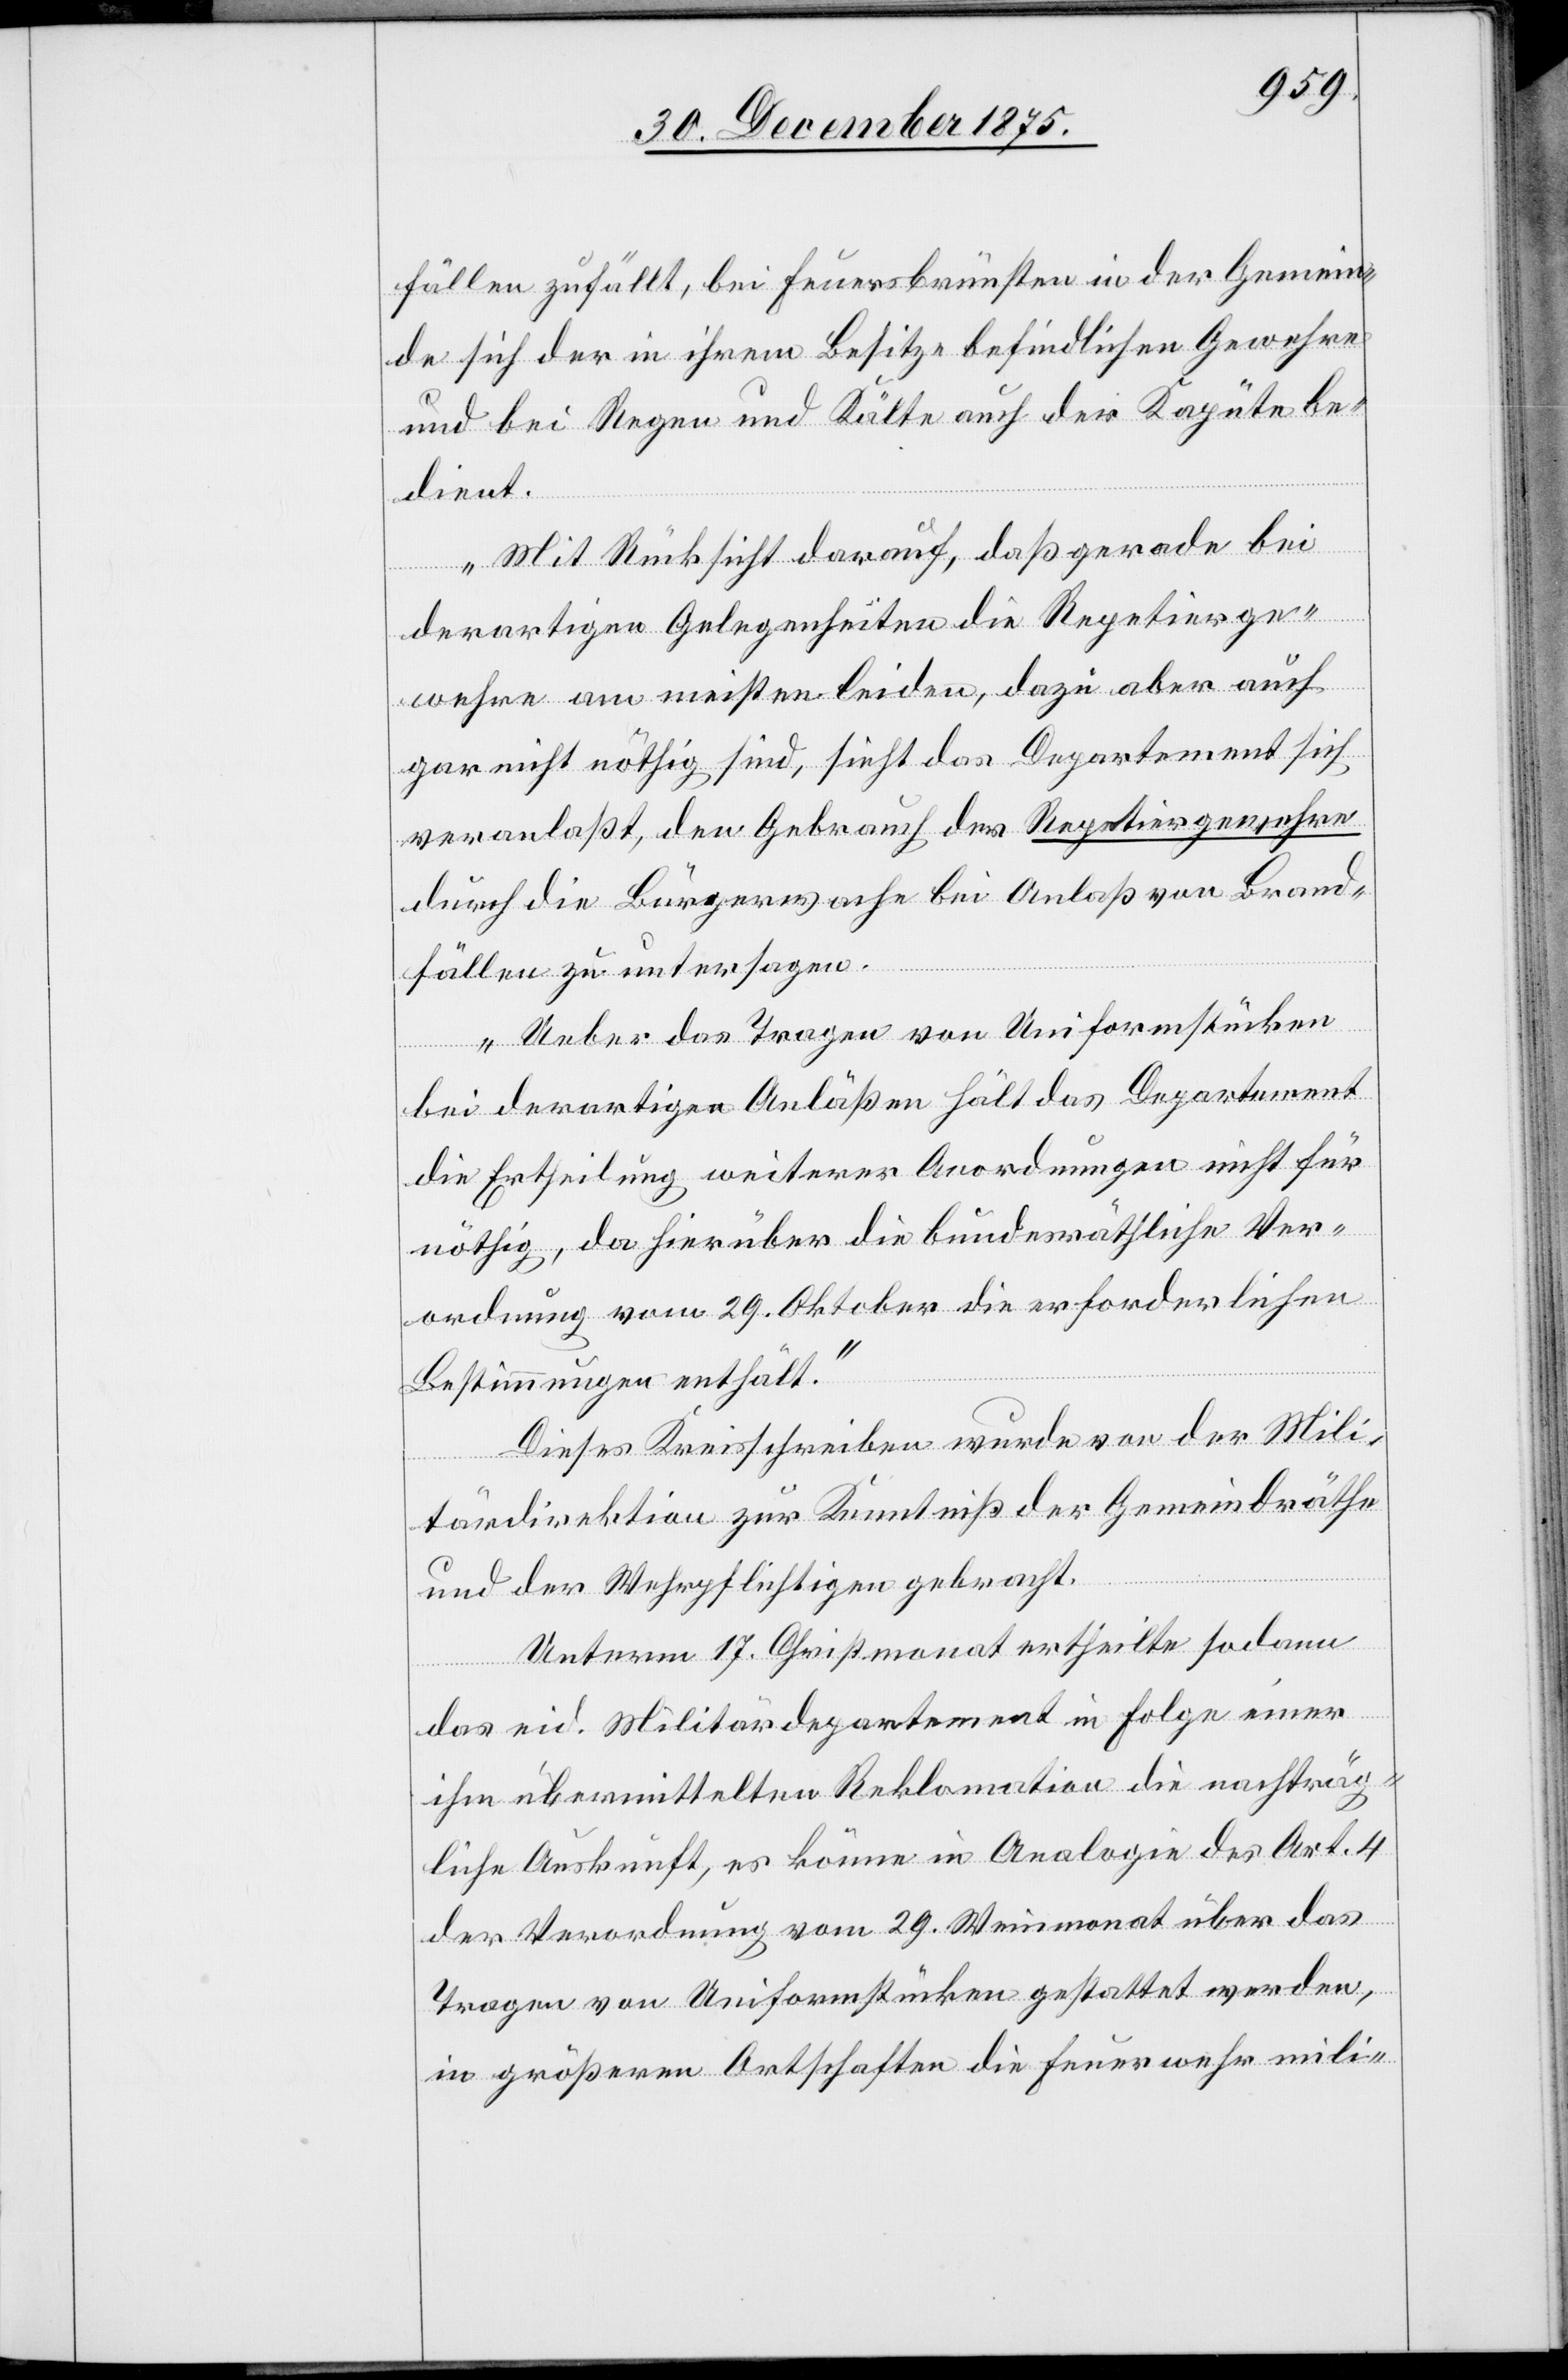
fällen zufällt, bei Feuersbrünsten in der Gemein¬
de sich der in ihrem Besitze befindlichen Gewehre
und bei Regen und Kälte auch der Kapute be¬
dient.
Mit Rücksicht darauf, daß gerade bei
derartigen Gelegenheiten die Repetierge¬
wehre am meisten leiden, dazu aber auch
gar nicht nöthig sind, sieht das Departement sich
veranlaßt, den Gebrauch der Repetiergewehre
durch die Bürgerwache bei Anlaß von Brand¬
fällen zu untersagen.
Ueber das Tragen von Uniformstücken
bei derartigen Anläßen hält das Department
die Ertheilung weiterer Anordnungen nicht für
nöthig, da hierüber die bundesräthliche Ver¬
ordnung vom 29. Oktober die erforderlichen
Bestimmungen enthält.“
Dieses Kreisschreiben wurde von der Mili¬
tärdirektion zur Kenntniß der Gemeindräthe
und der Wehrpflichtigen gebracht.
Unterm 17. Christmonat ertheilte sodann
das eid. Militärdepartment in Folge einer
ihm übermittelten Reklamation die nachträg¬
liche Auskunft, es könne die Analogie des Art. 4
der Verordnung vom 29. Weinmonat über das
Tragen von Uniformstücken gestattet werden,
in größeren Ortschaften die Feuerwehr mili-